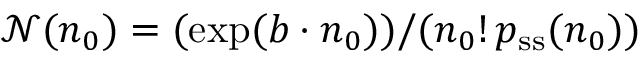
{ \mathcal N ( \boldsymbol n _ { 0 } ) } = ( \exp ( \boldsymbol { b } \cdot \boldsymbol n _ { 0 } ) ) / ( \boldsymbol n _ { 0 } ! \, p _ { \mathrm { s s } } ( \boldsymbol n _ { 0 } ) )